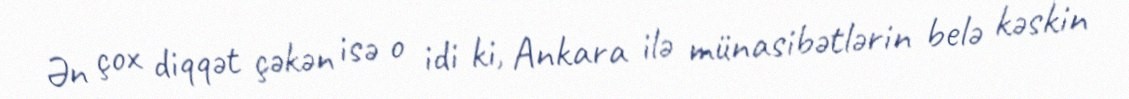
Ən çox diqqət çəkən isə o idi ki, Ankara ilə münasibətlərin belə kəskin